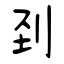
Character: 刭